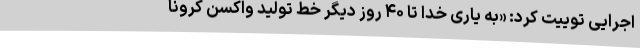
اجرایی توییت کرد: «به یاری خدا تا ۴۰ روز دیگر خط تولید واکسن کرونا